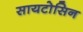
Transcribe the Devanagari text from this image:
सायटोसिन